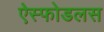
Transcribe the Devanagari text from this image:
ऐस्फोडलस